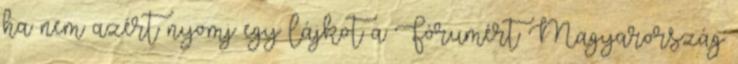
ha nem azért nyomj egy lájkot a Fórumért Magyarország